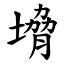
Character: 㙝